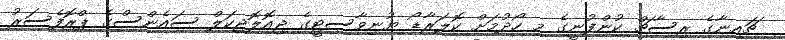
ޗައިނާގެ ރިސާޗް ކުންފުނީގެ މި ހޯދުމަށް ކޮލަރާޑޯ ޔުނިވާސިޓީގެ ޖިއޮލޮޖިކަލް ސައެންސްގެ ޕްރޮފެސަރު